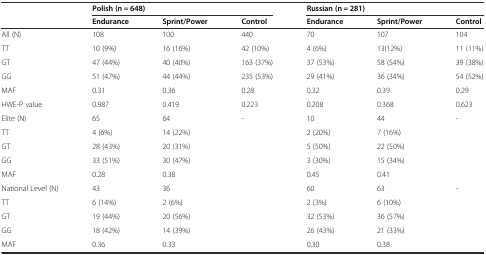
<table><thead><tr><td></td><td colspan="3"><b>Polish (n = 648)</b></td><td colspan="3"><b>Russian (n = 281)</b></td></tr><tr><td></td><td><b>Endurance</b></td><td><b>Sprint/Power</b></td><td><b>Control</b></td><td><b>Endurance</b></td><td><b>Sprint/Power</b></td><td><b>Control</b></td></tr></thead><tbody><tr><td>All (N)</td><td>108</td><td>100</td><td>440</td><td>70</td><td>107</td><td>104</td></tr><tr><td>TT</td><td>10 (9%)</td><td>16 (16%)</td><td>42 (10%)</td><td>4 (6%)</td><td>13(12%)</td><td>11 (11%)</td></tr><tr><td>GT</td><td>47 (44%)</td><td>40 (40%)</td><td>163 (37%)</td><td>37 (53%)</td><td>58 (54%)</td><td>39 (38%)</td></tr><tr><td>GG</td><td>51 (47%)</td><td>44 (44%)</td><td>235 (53%)</td><td>29 (41%)</td><td>36 (34%)</td><td>54 (52%)</td></tr><tr><td>MAF</td><td>0.31</td><td>0.36</td><td>0.28</td><td>0.32</td><td>0.39</td><td>0.29</td></tr><tr><td>HWE-P value</td><td>0.987</td><td>0.419</td><td>0.223</td><td>0.208</td><td>0.368</td><td>0.623</td></tr><tr><td>Elite (N)</td><td>65</td><td>64</td><td>-</td><td>10</td><td>44</td><td>-</td></tr><tr><td>TT</td><td>4 (6%)</td><td>14 (22%)</td><td></td><td>2 (20%)</td><td>7 (16%)</td><td></td></tr><tr><td>GT</td><td>28 (43%)</td><td>20 (31%)</td><td></td><td>5 (50%)</td><td>22 (50%)</td><td></td></tr><tr><td>GG</td><td>33 (51%)</td><td>30 (47%)</td><td></td><td>3 (30%)</td><td>15 (34%)</td><td></td></tr><tr><td>MAF</td><td>0.28</td><td>0.38</td><td></td><td>0.45</td><td>0.41</td><td></td></tr><tr><td>National Level (N)</td><td>43</td><td>36</td><td></td><td>60</td><td>63</td><td>-</td></tr><tr><td>TT</td><td>6 (14%)</td><td>2 (6%)</td><td></td><td>2 (3%)</td><td>6 (10%)</td><td></td></tr><tr><td>GT</td><td>19 (44%)</td><td>20 (56%)</td><td></td><td>32 (53%)</td><td>36 (57%)</td><td></td></tr><tr><td>GG</td><td>18 (42%)</td><td>14 (39%)</td><td></td><td>26 (43%)</td><td>21 (33%)</td><td></td></tr><tr><td>MAF</td><td>0.36</td><td>0.33</td><td></td><td>0.30</td><td>0.38</td><td></td></tr></tbody></table>